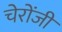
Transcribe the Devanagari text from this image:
चेरोंजी